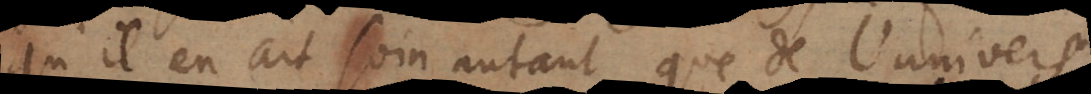
qu’il en ait soin autant que de l’univers;